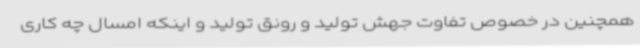
همچنین در خصوص تفاوت جهش تولید و رونق تولید و اینکه امسال چه کاری